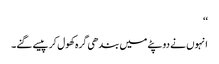
‘‘
انہوں نے دوپٹے میں بندھی گرہ کھول کر پیسے گنے۔